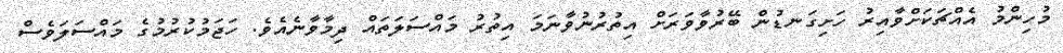
މުހިންމު އެއްޗަކަށްވާއިރު ހަށިގަނޑުން ބޭރުވާވަރަށް އިތުރުނުވާނަމަ އިތުރު މައްސަލަތައް ދިމާވާނެއެވެ. ހަޖަމުކުރުމުގެ މައްސަލަވެސް